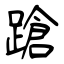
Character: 蹌